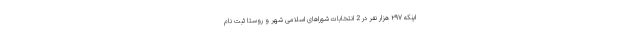
اینکه ۲۹۷ هزار نفر در 2 انتخابات شوراهای اسلامی شهر و روستا ثبت نام